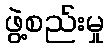
ဖွဲ့စည်းမှု